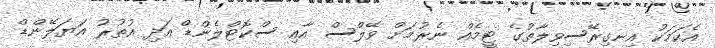
އެކަމަކު އިނގިރޭސިވިލާތުގެ ޓީމެއް ނެރުމަށް ވޭލްސް އާއި ސްކޮޓްލެންޑް އަދި އުތުރު އަޔަލޭންޑް